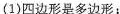
(1)四边形是多边形；